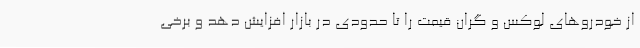
از خودروهای لوکس و گران قیمت را تا حدودی در بازار افزایش دهد و برخی